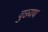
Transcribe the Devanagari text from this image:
वुछ्यथ